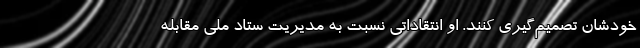
خودشان تصمیم‌گیری کنند. او انتقاداتی نسبت به مدیریت ستاد ملی مقابله